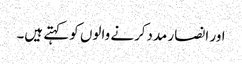
اور انصار مددکرنے والوں کو کہتے ہیں۔